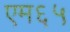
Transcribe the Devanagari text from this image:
एम६५